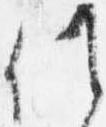
候